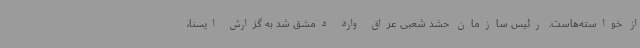
از خواسته‌هاست. رئیس سازمان حشد شعبی عراق وارد دمشق شد به گزارش ایسنا،